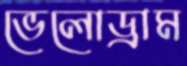
ভেলোড্রাম